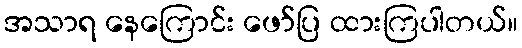
အသာရ နေကြောင်း ဖော်ပြ ထားကြပါတယ်။